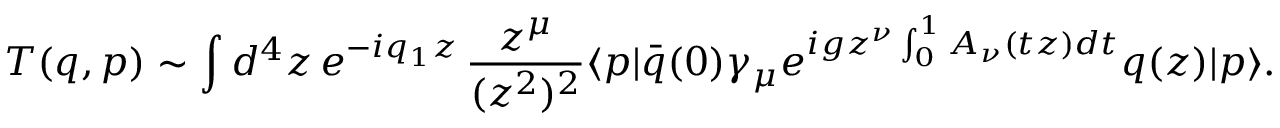
T ( q , p ) \sim \int d ^ { 4 } z \, e ^ { - i q _ { 1 } z } \, \frac { z ^ { \mu } } { ( z ^ { 2 } ) ^ { 2 } } \langle p | \bar { q } ( 0 ) \gamma _ { \mu } e ^ { i g z ^ { \nu } \int _ { 0 } ^ { 1 } A _ { \nu } ( t z ) d t } q ( z ) | p \rangle .